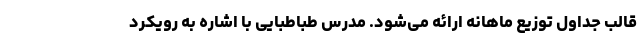
قالب جداول توزیع ماهانه ارائه می‌شود. مدرس طباطبایی با اشاره به رویکرد